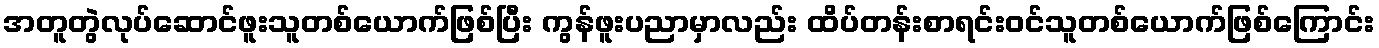
အတူတွဲလုပ်ဆောင်ဖူးသူတစ်ယောက်ဖြစ်ပြီး ကွန်ဖူးပညာမှာလည်း ထိပ်တန်းစာရင်းဝင်သူတစ်ယောက်ဖြစ်ကြောင်း